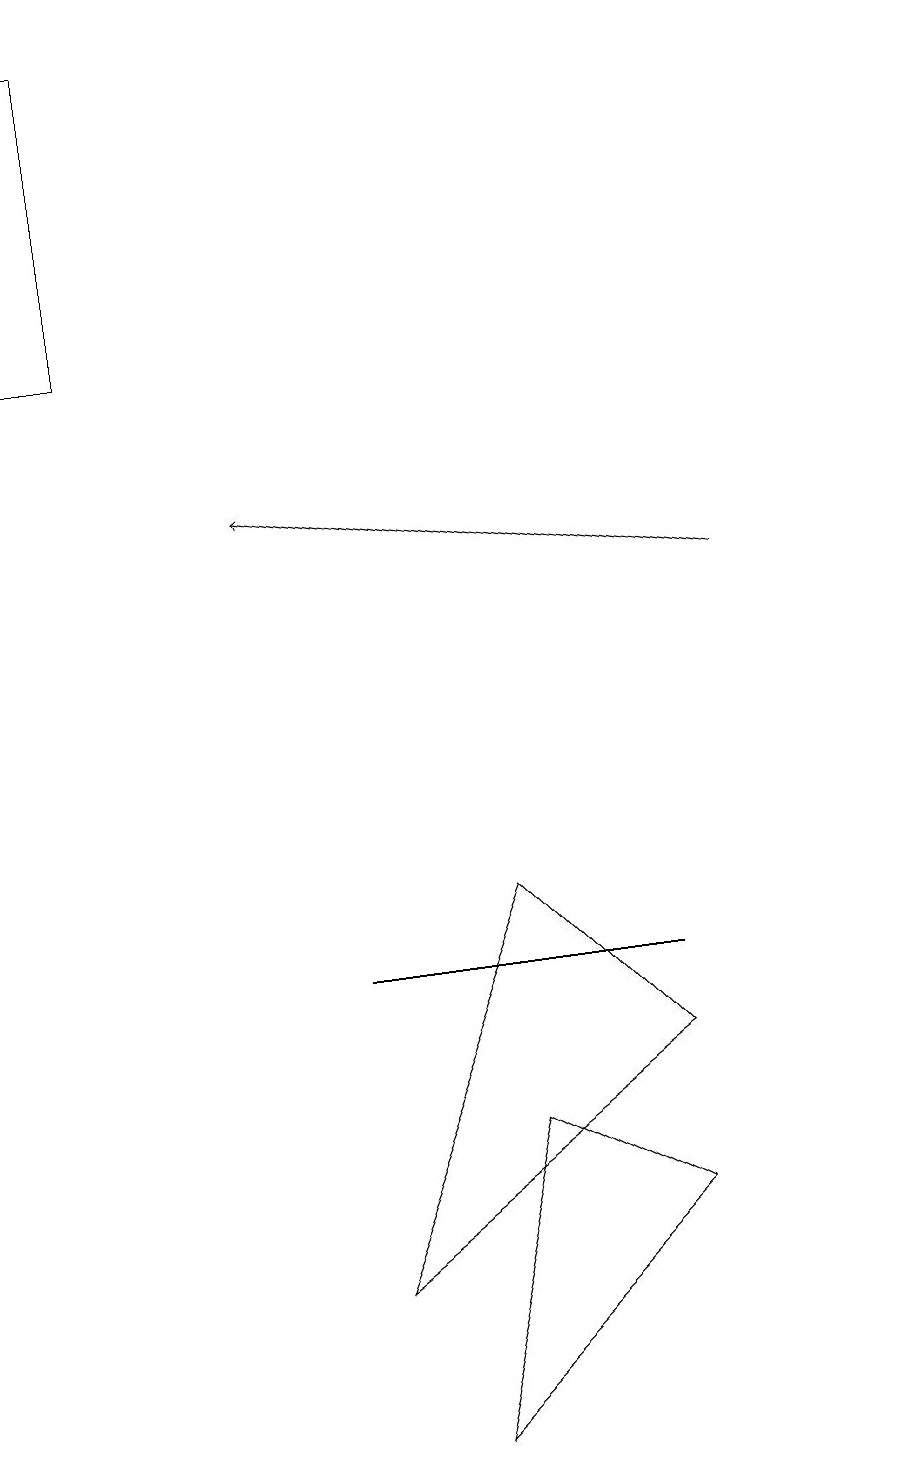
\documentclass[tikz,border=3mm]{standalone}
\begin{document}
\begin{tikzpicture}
\draw (0,19) rectangle (1,15);
\draw (8,6) -- (6,8) -- (4,3) -- cycle;
\draw (4,7) -- (6,7) -- (8,7) -- cycle;
\draw (6,5) -- (8,4) -- (5,1) -- cycle;
\draw (11,11) circle (0);
\draw[->] (9,12) -- (3,13);
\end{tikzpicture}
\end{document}